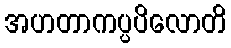
အဟတာကပ္ပပိလောတိ